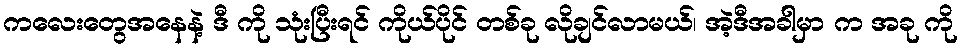
ကလေးတွေအနေနဲ့ ဒီ ကို သုံးပြီးရင် ကိုယ်ပိုင် တစ်ခု လိုချင်လာမယ်၊ အဲ့ဒီအခါမှာ က အခု ကို